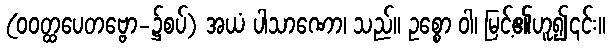
(ဝဝတ္ထပေတဗ္ဗော-၌စပ်) အယံ ပါသာဏော၊ သည်။ ဥစ္စော ဝါ၊ မြင့်၏ဟူ၍၎င်း။